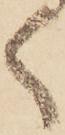
く